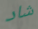
شاد